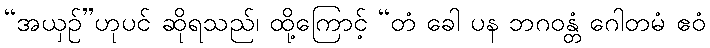
“အယှဉ်”ဟုပင် ဆိုရသည်၊ ထို့ကြောင့် “တံ ခေါ ပန ဘဂဝန္တံ ဂေါတမံ ဧဝံ